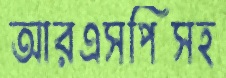
আরএসপিসহ